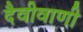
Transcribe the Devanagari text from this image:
दैवीवाणी